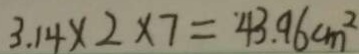
3 . 1 4 \times 2 \times 7 = 4 3 . 9 6 c m ^ { 2 }